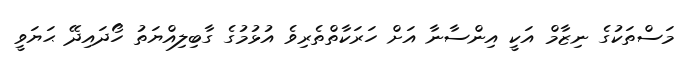
މަސްތަކުގެ ނިޒާމް އަކީ އިންސާނާ އަށް ހަރަކާތްތެރިވެ އުޅުމުގެ ގާބިލިއްޔަތު ހޯދައިދޭ ޙަޔަވީ